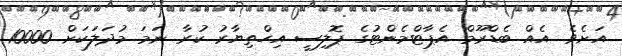
އަށެވެ. އެއް ބެޑްރޫމް އެޕާޓްމެންޓުގެ ޕޮލިސީ އިހްތިޔާރު ކުރާ ނަމަ މުދަލަކަށް 10000